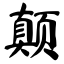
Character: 颠